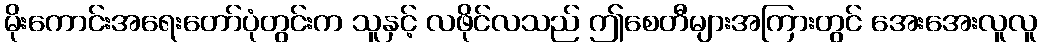
မိုးကောင်းအရေးတော်ပုံတွင်းက သူနှင့် လဖိုင်လသည် ဤစေတီများအကြားတွင် အေးအေးလူလူ